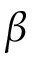
\beta